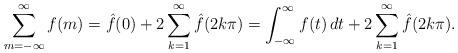
LaTeX: \begin{align*}\sum_{m=-\infty}^{\infty}f(m) = \hat{f}(0) + 2\sum_{k=1}^{\infty}\hat{f}(2k\pi) = \int_{-\infty}^{\infty}f(t)\, dt + 2\sum_{k=1}^{\infty}\hat{f}(2k\pi).\end{align*}